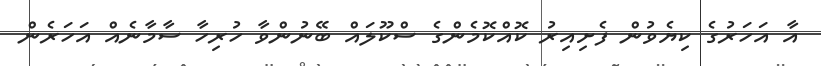
އާ އަހަރުގެ ކިޔެވުން ފެށިއިރު ކޮއްކޮމެންގެ ސްކޫލައް ބޭނުންވާ ހުރިހާ ސާމާނެއް އަހަރެން